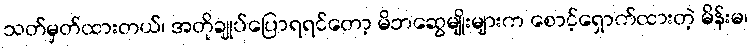
သတ်မှတ်ထားတယ်၊ အတိုချုပ်ပြောရရင်တော့ မိဘဆွေမျိုးများက စောင့်ရှောက်ထားတဲ့ မိန်းမ၊